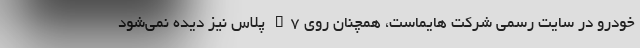
خودرو در سایت رسمی شرکت هایماست، همچنان روی S7 پلاس نیز دیده نمی‌شود